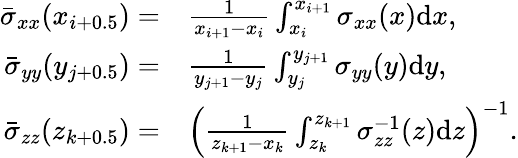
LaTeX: \begin{array}{rl}{\bar{\sigma}_{xx}(x_{i+0.5})=}&{{}\frac{1}{x_{i+1}-x_{i}}\int_{x_{i}}^{x_{i+1}}\sigma_{xx}(x)\mathrm{d}x,}\\ {\bar{\sigma}_{yy}(y_{j+0.5})=}&{{}\frac{1}{y_{j+1}-y_{j}}\int_{y_{j}}^{y_{j+1}}\sigma_{yy}(y)\mathrm{d}y,}\\ {\bar{\sigma}_{zz}(z_{k+0.5})=}&{{}\left(\frac{1}{z_{k+1}-x_{k}}\int_{z_{k}}^{z_{k+1}}\sigma_{zz}^{-1}(z)\mathrm{d}z\right)^{-1}.}\end{array}